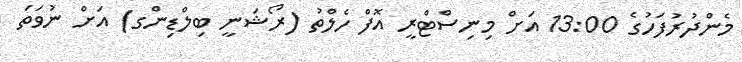
މެންދުރުފަހުގެ 13:00 އަށް މިނިސްޓްރީ އޮފް ހެލްތު (ރޯޝަނީ ބިލްޑިންގ) އަށް ނުވަތަ